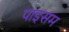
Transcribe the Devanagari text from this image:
पाइसम